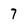
Character: 7